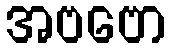
အဗဗော